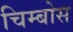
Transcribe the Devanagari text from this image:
चिम्बोस